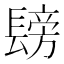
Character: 𮤂